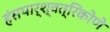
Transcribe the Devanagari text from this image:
हंसपार्श्वत्रिकोणे